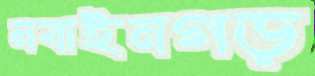
নবাইনগড়